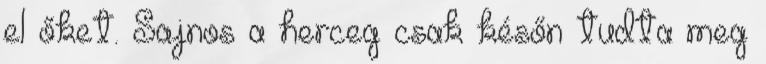
el őket. Sajnos a herceg csak későn tudta meg